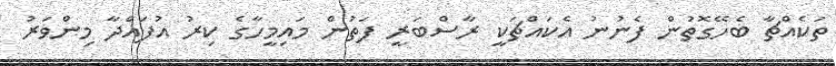
ތަކެއްޗާ ބެހޭގޮތުން ފެނުނު އެކައްޗަކީ ރާސްބަރީ ފަތުން މައިމީހާގެ ކިރު އުފައްދާ މިންވަރު